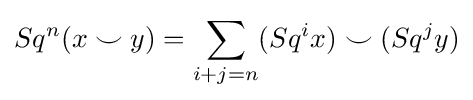
Sq^{n}(x\smile y)=\sum _{i+j=n}(Sq^{i}x)\smile (Sq^{j}y)